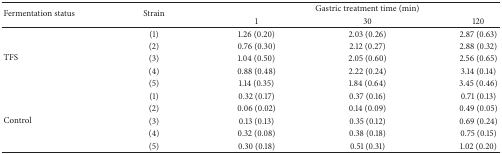
<table><thead><tr><td rowspan="2"><b>Fermentation status</b></td><td rowspan="2"><b>Strain</b></td><td colspan="3"><b>Gastric treatment time (min)</b></td></tr><tr><td><b>1</b></td><td><b>30</b></td><td><b>120</b></td></tr></thead><tbody><tr><td rowspan="5">TFS</td><td>(1)</td><td>1.26 (0.20)</td><td>2.03 (0.26)</td><td>2.87 (0.63)</td></tr><tr><td>(2)</td><td>0.76 (0.30)</td><td>2.12 (0.27)</td><td>2.88 (0.32)</td></tr><tr><td>(3)</td><td>1.04 (0.50)</td><td>2.05 (0.60)</td><td>2.56 (0.65)</td></tr><tr><td>(4)</td><td>0.88 (0.48)</td><td>2.22 (0.24)</td><td>3.14 (0.14)</td></tr><tr><td>(5)</td><td>1.14 (0.35)</td><td>1.84 (0.64)</td><td>3.45 (0.46)</td></tr><tr><td rowspan="5">Control</td><td>(1)</td><td>0.32 (0.17)</td><td>0.37 (0.16)</td><td>0.71 (0.13)</td></tr><tr><td>(2)</td><td>0.06 (0.02)</td><td>0.14 (0.09)</td><td>0.49 (0.05)</td></tr><tr><td>(3)</td><td>0.13 (0.13)</td><td>0.35 (0.12)</td><td>0.69 (0.24)</td></tr><tr><td>(4)</td><td>0.32 (0.08)</td><td>0.38 (0.18)</td><td>0.75 (0.15)</td></tr><tr><td>(5)</td><td>0.30 (0.18)</td><td>0.51 (0.31)</td><td>1.02 (0.20)</td></tr></tbody></table>